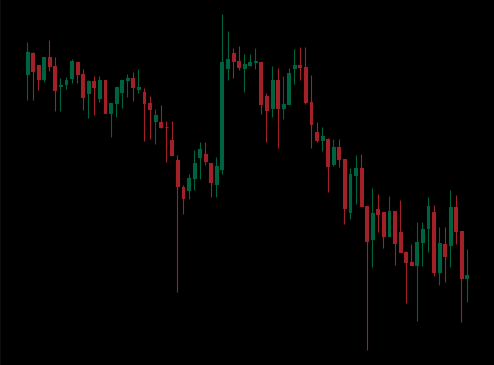
Pattern: unclassified